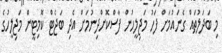
މި ބަދަލުތައް ގެނައުމަށް ފަހު މަޖިލީހުން ފާސްކޮށްދިނުމަށް އެދި ބަޖެޓް ކޮމިޓީން މަޖިލީހުގެ